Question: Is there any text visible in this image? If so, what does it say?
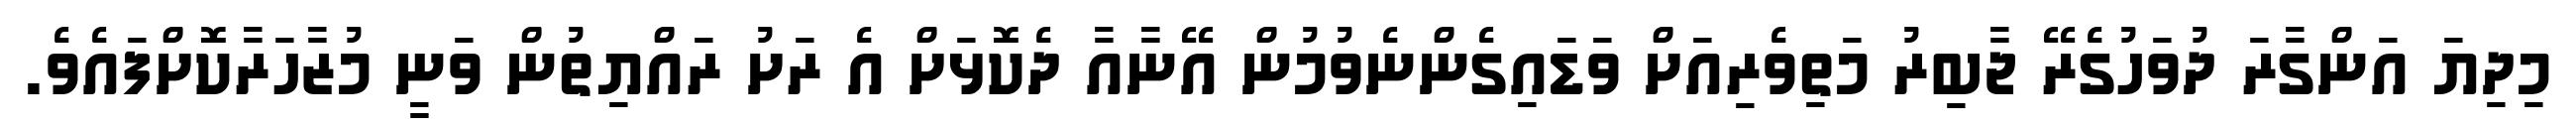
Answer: މިދިޔަ އަންގާރަ ދުވަހުގެރޭ ޖާބިރު މަތިވެރިއަށް ވަޑައިގެންނެވުމުން އޭނާއާ ދެކޮޅަށް އެ ރަށު ރައްޔިތުން ވަނީ މުޒާހަރާކޮށްފައެވެ.